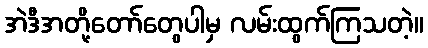
အဲဒီအတို့တော်တွေပါမှ လမ်းထွက်ကြသတဲ့။